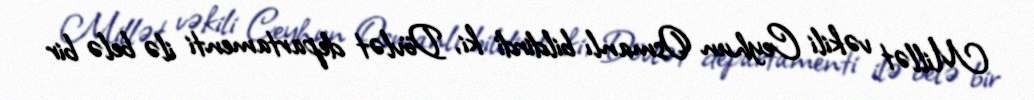
Millət vəkili Ceyhun Osmanlı bildirdi ki, Dövlət departamenti ilə belə bir